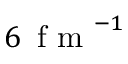
6 \, \mathrm { ~ f ~ m ~ } ^ { - 1 }